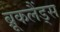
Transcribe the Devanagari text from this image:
ब्रूकलैंड्स